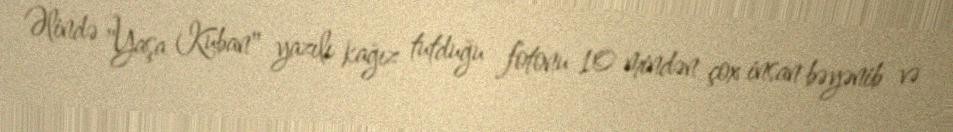
Əlində "Yaşa Kuban" yazılı kağız tutduğu fotonu 10 mindən çox insan bəyənib və